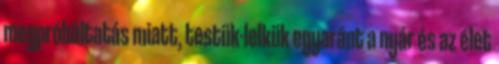
megpróbáltatás miatt, testük-lelkük egyaránt a nyár és az élet